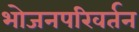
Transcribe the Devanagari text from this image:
भोजनपरिवर्तन